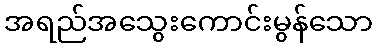
အရည်အသွေးကောင်းမွန်သော